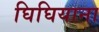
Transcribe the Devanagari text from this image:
घिघियाना